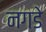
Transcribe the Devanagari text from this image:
नगडे